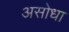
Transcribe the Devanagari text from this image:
असोधा